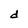
Character: d